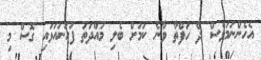
އެހެންނަމަވެސް ދެ ހަފްތާ ވާނެ ކަމަށް ބެލި މުއްދަތު ފަހަނައަޅައި ގޮސް މި